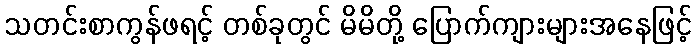
သတင်းစာကွန်ဖရင့် တစ်ခုတွင် မိမိတို့ ပြောက်ကျားများအနေဖြင့်